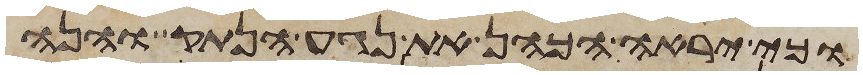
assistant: כי יראה הכהן את נגע הנתק והנה